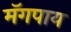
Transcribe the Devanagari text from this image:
मॅगपाय